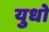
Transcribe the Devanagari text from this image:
युधो